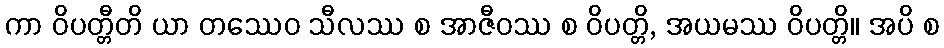
ကာ ဝိပတ္တီတိ ယာ တဿေဝ သီလဿ စ အာဇီဝဿ စ ဝိပတ္တိ, အယမဿ ဝိပတ္တိ။ အပိ စ